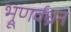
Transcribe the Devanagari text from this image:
भ्रूणर्वध्रन